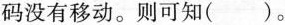
码没有移动。则可知 ()。